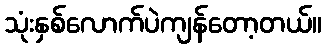
သုံးနှစ်လောက်ပဲကျန်တော့တယ်။